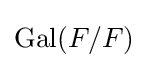
\operatorname {Gal} (F/F)